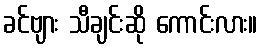
ခင်ဗျား သီချင်းဆို ကောင်းလား။